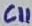
Text: C11